Report on sanitation, dispensaries, and jails in Rajputana for 1913, and on vaccination for the year 1913-1914 - 1913-1914
Year: 1913
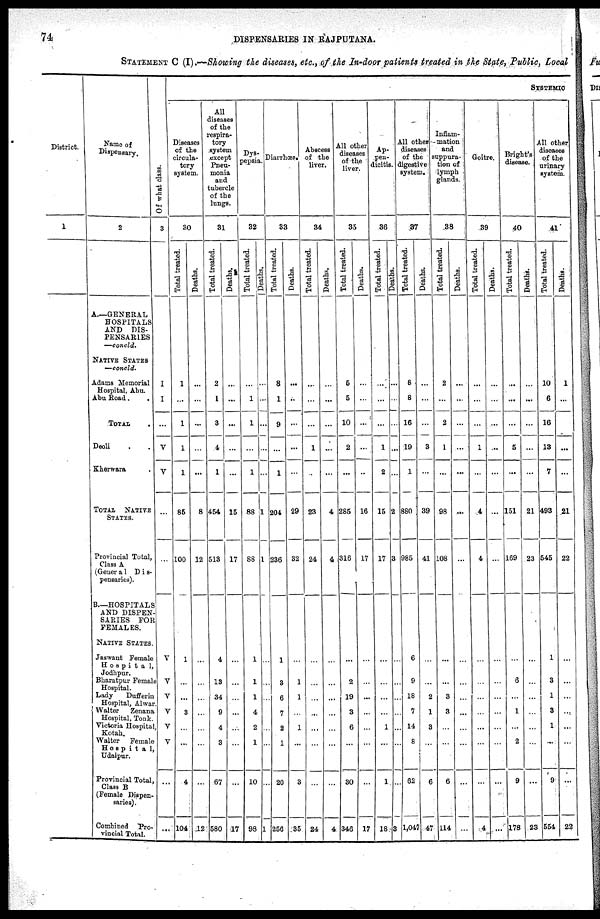
74
DISPENSARIES IN RAJPUTANA.
STATEMENT C (I).—Showing the diseases, etc., of the In-door patients treated in the State, Public, Local
District.
1
Name of
Dispensary.
2
A.—GENERAL
HOSPITALS
AND DIS-
PENSARIES
—concld.
NATIVE STATES
—concld.
Adams Memorial
Hospital, Abu.
Abu Road . .
TOTAL .
Deoli . .
Kherwara .
TOTAL
NATIVE
STATES.
Provincial Total,
Class A
(Genera1 Dis-
pensaries).
B—HOSPITALS
AND DISPEN-
SARIES FOR
FEMALES.
NATIVE STATES.
Jaswant Female
Hospital,
Jodhpur.
Bharatpur Female
Hospital.
Lady
Dufferin
Hospital, Alwar.
Walter
Zenana
Hospital, Tonk.
Victoria Hospital,
Kotah.
Walter
Female
Hospital
Udaipur.
Provincial Total,
Class B
(Female Dispen-
saries).
Combined Pro-
vincial Total.
SYSTEMIC
Of what class.
3
I
I
...
V
V
...
...
V
V
V
V
V
V
...
...
Diseases
of the
circula-
tory
system.
30
Total treated.
1
...
1
1
1
85
100
1
...
...
3
...
...
4
104
Deaths.
...
...
...
...
...
8
12
...
...
...
...
...
...
...
12
All
diseases
of the
respira-
tory
system
except
Pneu-
monia
and
tubercle
of the
lungs.
31
Total treated.
2
1
3
4
1
454
513
4
13
34
9
4
3
67
580
Deaths.
...
...
...
...
...
15
17
...
...
...
...
...
...
...
17
Dys-
pepsia.
82
Total treated.
...
1
1
...
1
88
88
1
1
1
4
2
1
10
98
Deaths.
...
...
...
...
...
1
1
...
...
...
...
...
...
...
1
Diarrhœs
33
Total treated.
8
1
9
...
1
204
236
1
3
6
7
2
1
20
256
Deaths.
...
...
...
...
...
29
32
...
1
1
...
1
...
3
36
Abscess
of the
liver.
34
Total treated.
...
...
...
1
...
23
24
...
...
...
...
...
...
...
24
Deaths.
...
...
...
...
...
4
4
...
...
...
...
...
...
...
4
All other
diseases
of the
liver.
35
Total treated.
5
5
10
2
...
285
316
...
2
19
3
6
...
30
346
Deaths.
...
...
...
...
...
16
17
...
...
...
...
...
...
...
17
Ap-
pen-
dicitis.
36
Total treated.
...
...
...
1
2
15
17
...
...
...
...
1
...
1
18
Deaths.
...
...
...
...
...
2
3
...
...
...
...
...
...
...
3
All other-
diseases
of the
digestive
system.
37
Total treated.
8
8
16
19
1
880
985
6
9
18
7
14
8
62
1,047
Deaths.
...
...
...
3
...
39
41
...
...
2
1
3
...
6
47
Inflam-
mation
and
suppura-
tion of
lymph
glands.
38
Total treated.
2
...
2
1
...
98
108
...
...
3
3
...
...
6
114
Deaths.
...
...
...
...
...
...
...
...
...
...
...
...
...
...
...
Goitre.
39
Total treated.
...
...
...
1
...
4
4
...
...
...
...
...
...
...
4
Deaths.
...
...
...
...
...
...
...
...
...
...
...
...
...
...
...
Bright's
disease.
40
Total treated.
...
...
...
5
...
151
169
...
6
...
1
...
2
9
178
Deaths.
...
...
...
...
...
21
23
...
...
...
...
...
...
...
23
All other
diseases
of the
urinary
system.
41
Total treated.
10
6
16
13
7
493
545
1
3
1
3
1
...
9
554
Deaths.
1
...
...
...
21
22
...
...
...
...
...
...
...
22